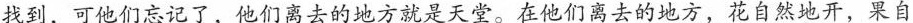
找到，可他们忘记了，他们离去的地方就是天堂。在他们离去的地方，花自然地开，果自